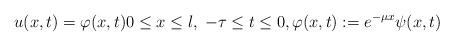
LaTeX: \begin{align*} u(x, t) = \varphi(x, t) 0 \leq x \leq l, \; -\tau \leq t \leq 0, \varphi(x, t) := e^{-\mu x} \psi(x, t) \end{align*}